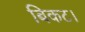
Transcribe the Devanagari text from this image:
बिकट।